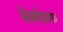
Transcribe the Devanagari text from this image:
सेस्मोग्राफ